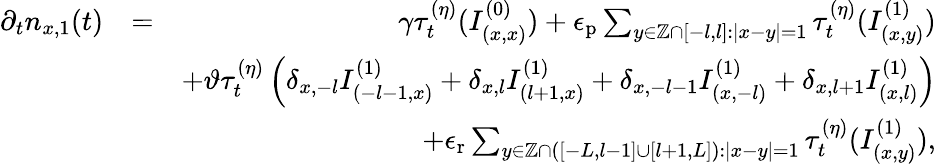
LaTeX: \begin{array}{rlr}{\partial_{t}n_{x,1}(t)}&{=}&{\gamma\tau_{t}^{(\eta)}(I_{(x,x)}^{(0)})+\epsilon_{\mathrm{p}}\sum_{y\in\mathbb{Z}\cap\left[-l,l\right]:\left\vert x-y\right\vert=1}\tau_{t}^{(\eta)}(I_{(x,y)}^{(1)})}\\ &{}&{+\vartheta\tau_{t}^{(\eta)}\left(\delta_{x,-l}I_{(-l-1,x)}^{(1)}+\delta_{x,l}I_{(l+1,x)}^{(1)}+\delta_{x,-l-1}I_{(x,-l)}^{(1)}+\delta_{x,l+1}I_{(x,l)}^{(1)}\right)}\\ &{}&{+\epsilon_{\mathrm{r}}\sum_{y\in\mathbb{Z}\cap\left(\left[-L,l-1\right]\cup\left[l+1,L\right]\right):\left\vert x-y\right\vert=1}\tau_{t}^{(\eta)}(I_{(x,y)}^{(1)}),}\end{array}